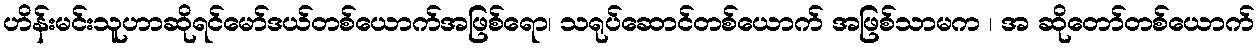
ဟိန်းမင်းသူဟာဆိုရင်မော်ဒယ်တစ်ယောက်အဖြစ်ရော၊ သရုပ်ဆောင်တစ်ယောက် အဖြစ်သာမက ၊ အ ဆိုတော်တစ်ယောက်